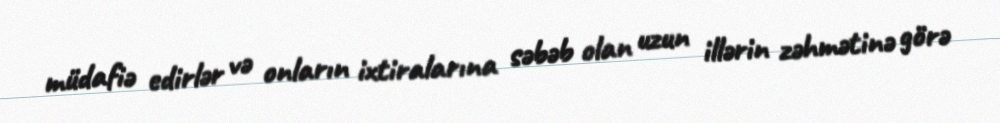
müdafiə edirlər və onların ixtiralarına səbəb olan uzun illərin zəhmətinə görə